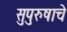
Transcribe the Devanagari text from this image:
सुपुरुषाचे